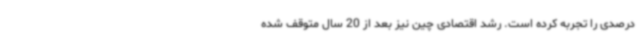
درصدی را تجربه کرده است. رشد اقتصادی چین نیز بعد از 20 سال متوقف شده